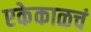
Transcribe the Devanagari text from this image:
एकेकाळचं